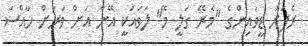
ރެޕަރު ޑީވައިންގެ "މެރޭ ގަލީ މޭ" ލަވައަކީ އޭނާ އަށް ވަރަށް ހާއްސަ